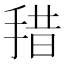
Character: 𰓽